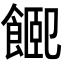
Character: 𩜮